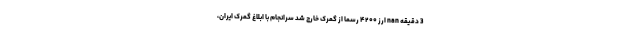
3 دقیقه nan ارز ۴۲۰۰ رسما از گمرک خارج شد سرانجام با ابلاغ گمرک ایران،